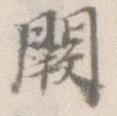
闕